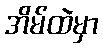
အိမ်ထဲမှာ